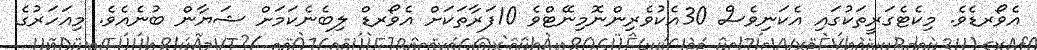
އެވޯރޑެވެ. މިކެޓެގަރީތަކުގައި އެކަނިވެސް 30އެކުވެރިންނޮމިނޭޓްވެ 10ފަރާތަކަށް އެވޯރޑް ލިބެނެކަމަށް ޝަޔާން ބުނެއެވެ. މިއަހަރުގެ